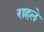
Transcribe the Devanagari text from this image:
राहले